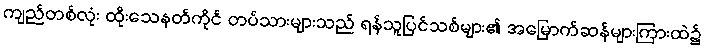
ကျည်တစ်လုံး ထိုးသေနတ်ကိုင် တပ်သားများသည် ရန်သူပြင်သစ်များ၏ အမြောက်ဆန်များကြားထဲ၌